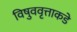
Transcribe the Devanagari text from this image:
विषुववृत्ताकडे